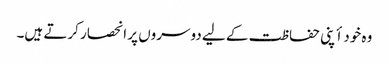
وہ خود أپنی حفاظت کے لیے دوسروں پر انحصار کرتے ہیں۔